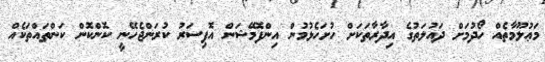
މަޢުލޫމާތެއް ހޯދުމަށް ދައުލަތުގެ އިދާރާތަކަށް ހުށަހެޅުމުން އިންފޮމޭޝަން އޮފިސަރު ކުރަންޖެހޭނީ ކޮންކޮން ކަންތައްތަކެއް